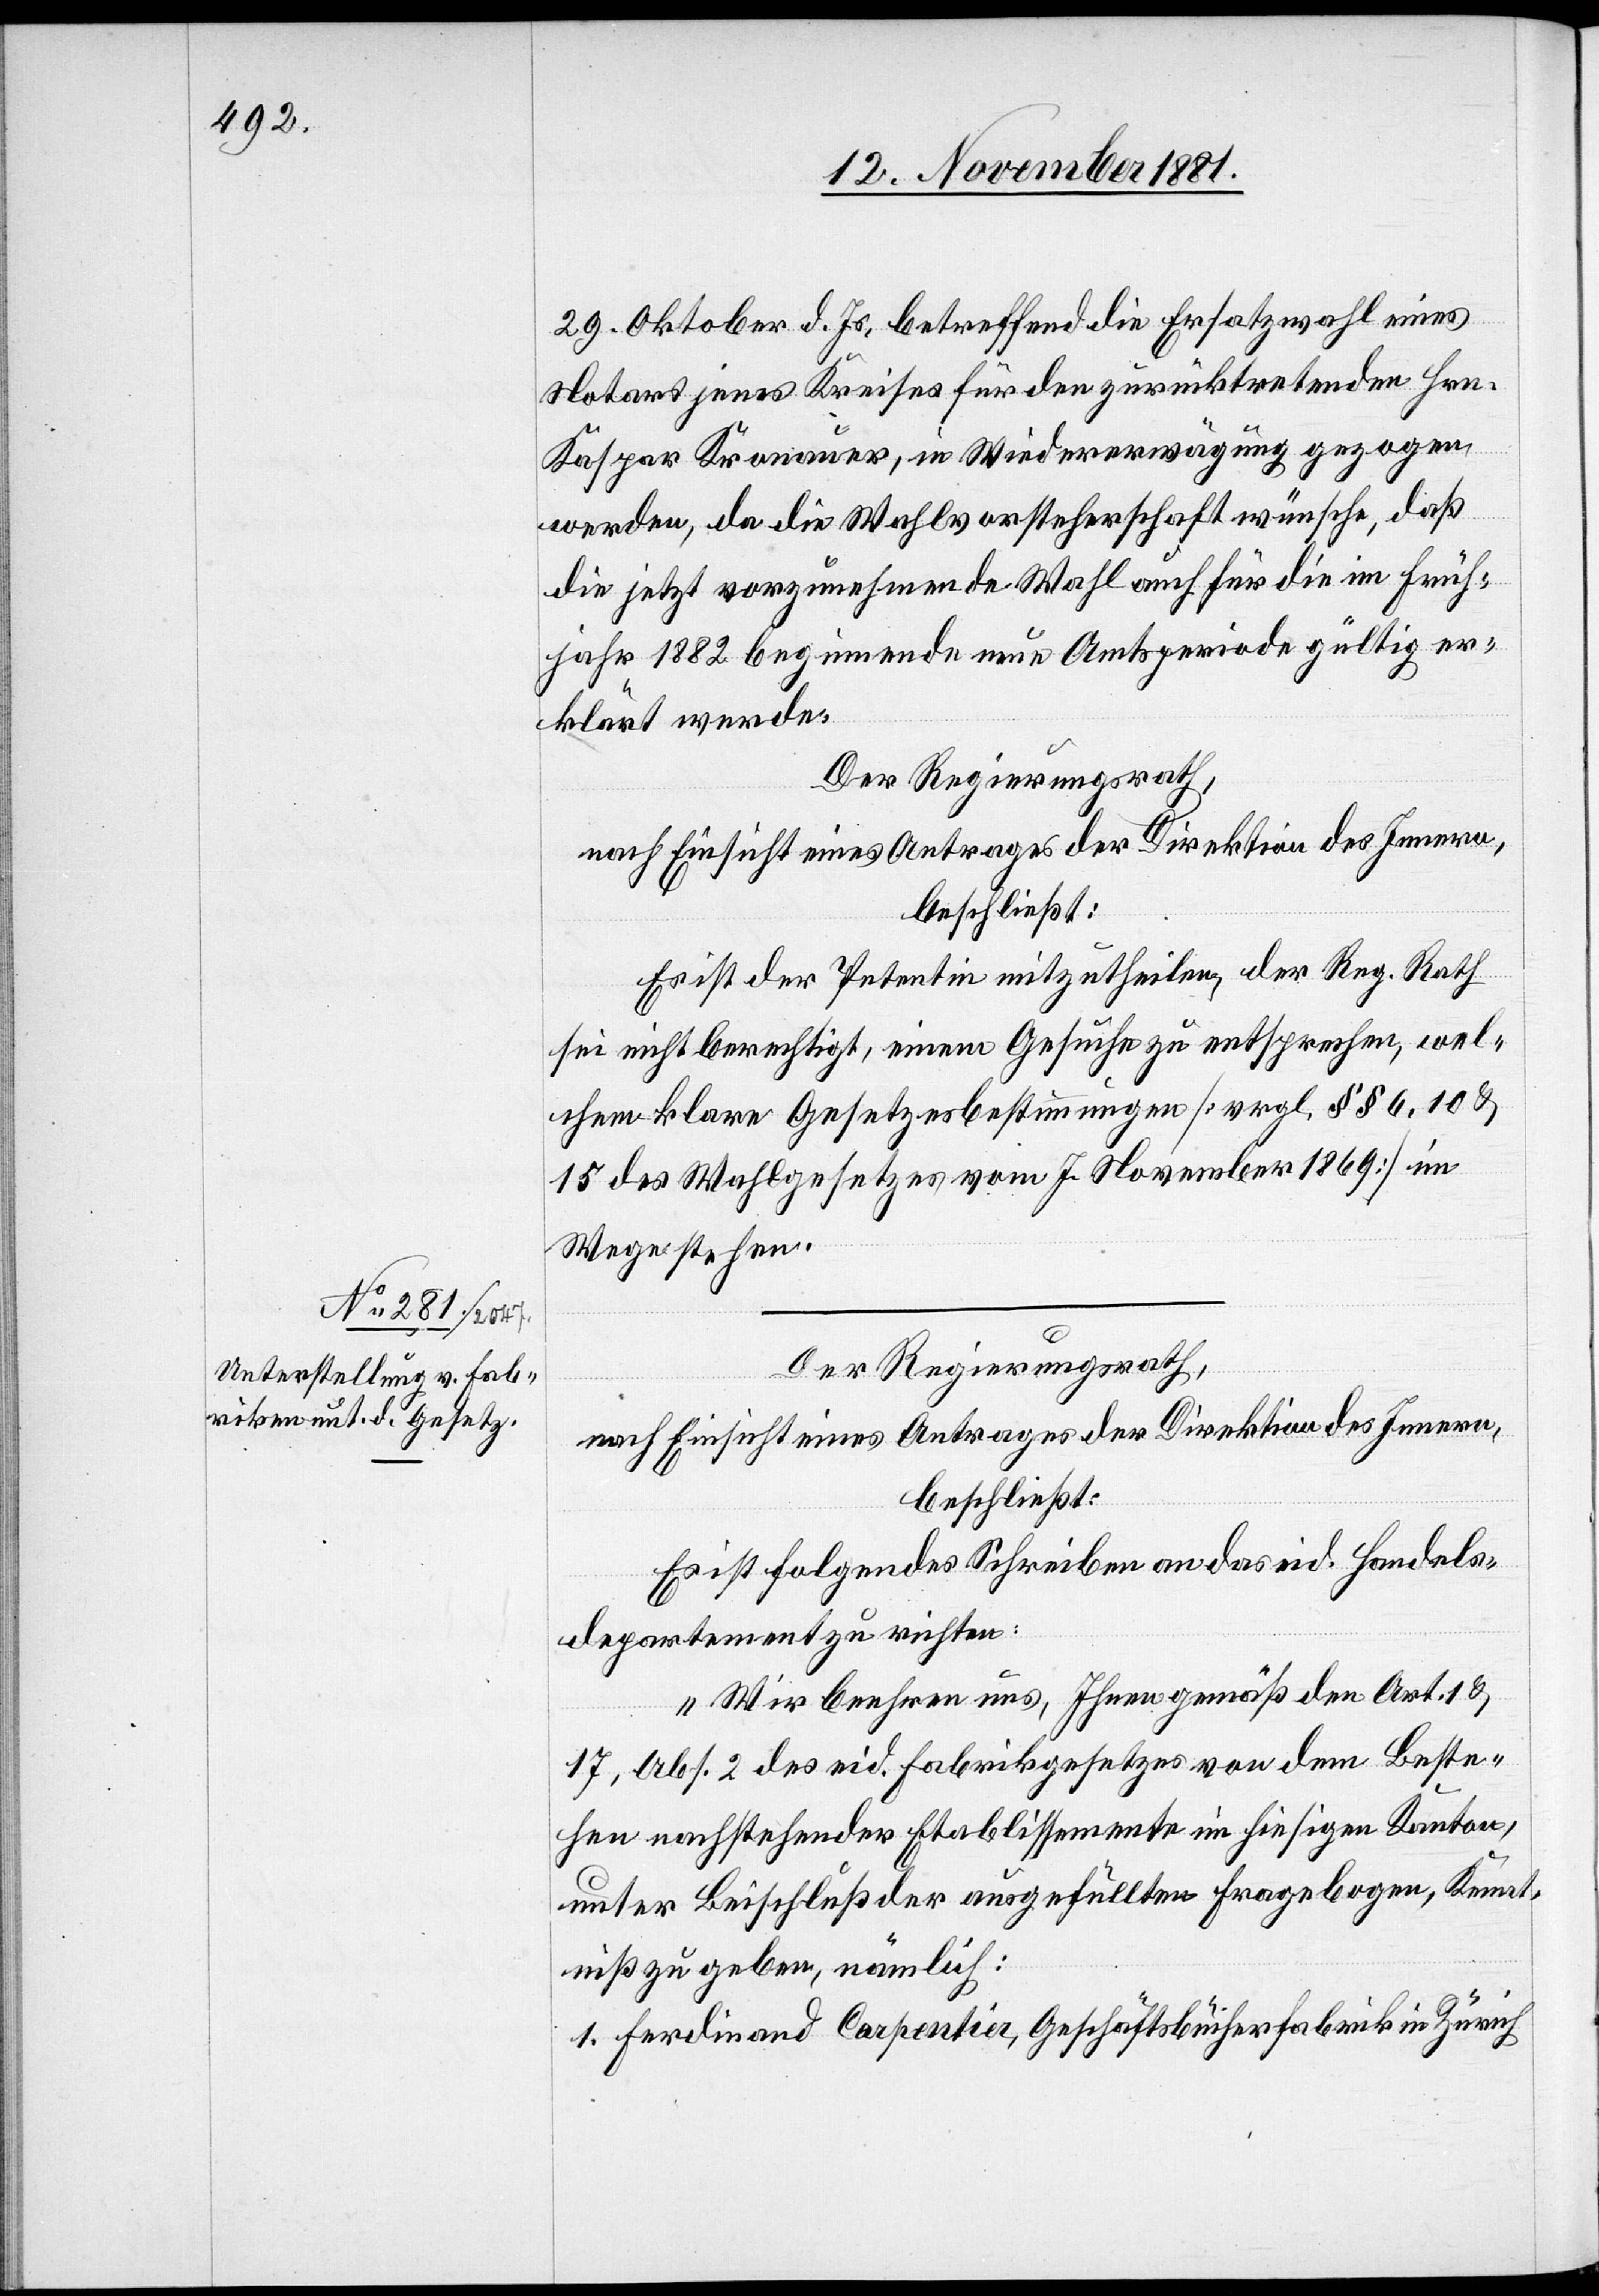
29. Oktober d. Js., betreffend Ersatzwahl eines
Notars jenes Kreises für den zurücktretenden Hrn.
Kaspar Kronauer, in Wiedererwägung gezogen
werden, da die Wahlvorsteherschaft wünsche, daß
die jetzt vorzunehmende Wahl auch für die im Früh¬
jahr 1882 beginnende neue Amtsperiode gültig er¬
klärt werde.
Der Regierungsrath,
nach Einsicht eines Antrages der Direktion des Innern,
beschließt:
Es ist der Petentin mitzutheilen, der Reg. Rath
sei nicht berechtigt, einem Gesuche zu entsprechen, wel¬
chem klare Gesetzesbestimmungen [vrgl. §§ 6, 10 &
15 des Wahlgesetzes vom 7. November 1896] im
Wege stehen.
Der Regierungsrath,
nach Einsicht eines Antrages der Direktion des Innern,
beschließt:
Es ist folgendes Schreiben an das eid. Handels¬
departement zu richten:
„Wir beehren uns, Ihnen gemäß den Art. 1 &
17, Abs. 2 des eid. Fabrikgesetzes von dem Beste¬
hen nachstehender Etablissemente im hiesigen Kanton,
unter Beischluß der ausgefüllten Fragebogen, Kennt¬
niß zu geben, nämlich:
1. Ferdinand Carpentier, Geschäftsbücherfabrik in Zürich